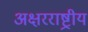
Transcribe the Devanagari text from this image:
अक्षरराष्ट्रीय